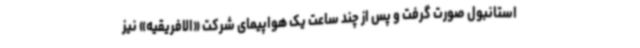
استانبول صورت گرفت و پس از چند ساعت یک هواپیمای شرکت «الافریقیه» نیز